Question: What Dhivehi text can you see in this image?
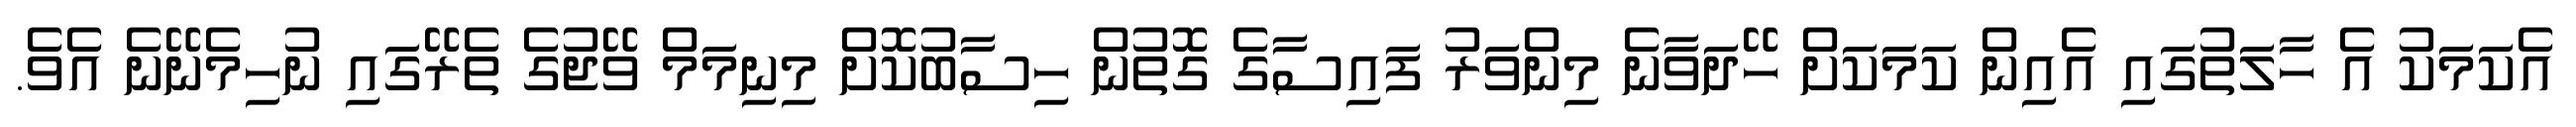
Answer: އެކަމަކު އެ ހާލަތުގައި އެއިން ކަމަކަށް ހޭދަވާނެ މިންވަރު ފައިސާގެ ގޮތުން ހިސާބުކޮށް މިނިމަމް ވޭޖުގެ ތެރޭގައި ނުހިމެނޭނެ އެވެ.